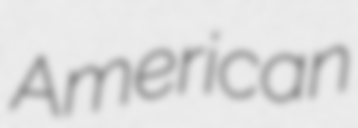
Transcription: American